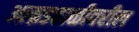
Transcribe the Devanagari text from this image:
आम्रडहाळीवरील